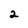
Character: 2